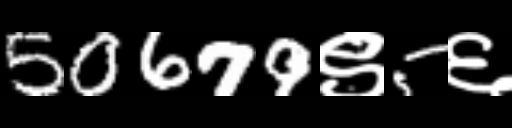
Text: 50679९5६